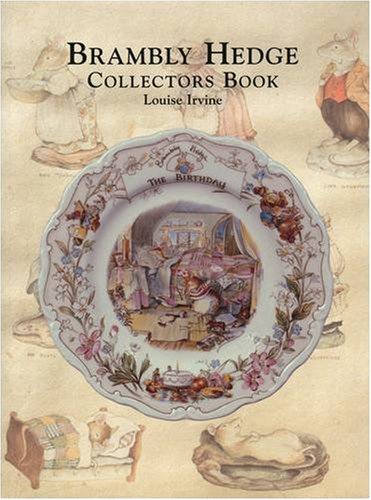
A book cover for Brambly Hedge Collectors Book; Louise Irvine; Crafts, Hobbies & Home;